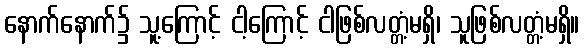
နောက်နောက်၌ သူ့ကြောင့် ငါ့ကြောင့် ငါဖြစ်လတ္တံ့မရှိ၊ သူဖြစ်လတ္တံ့မရှိ။